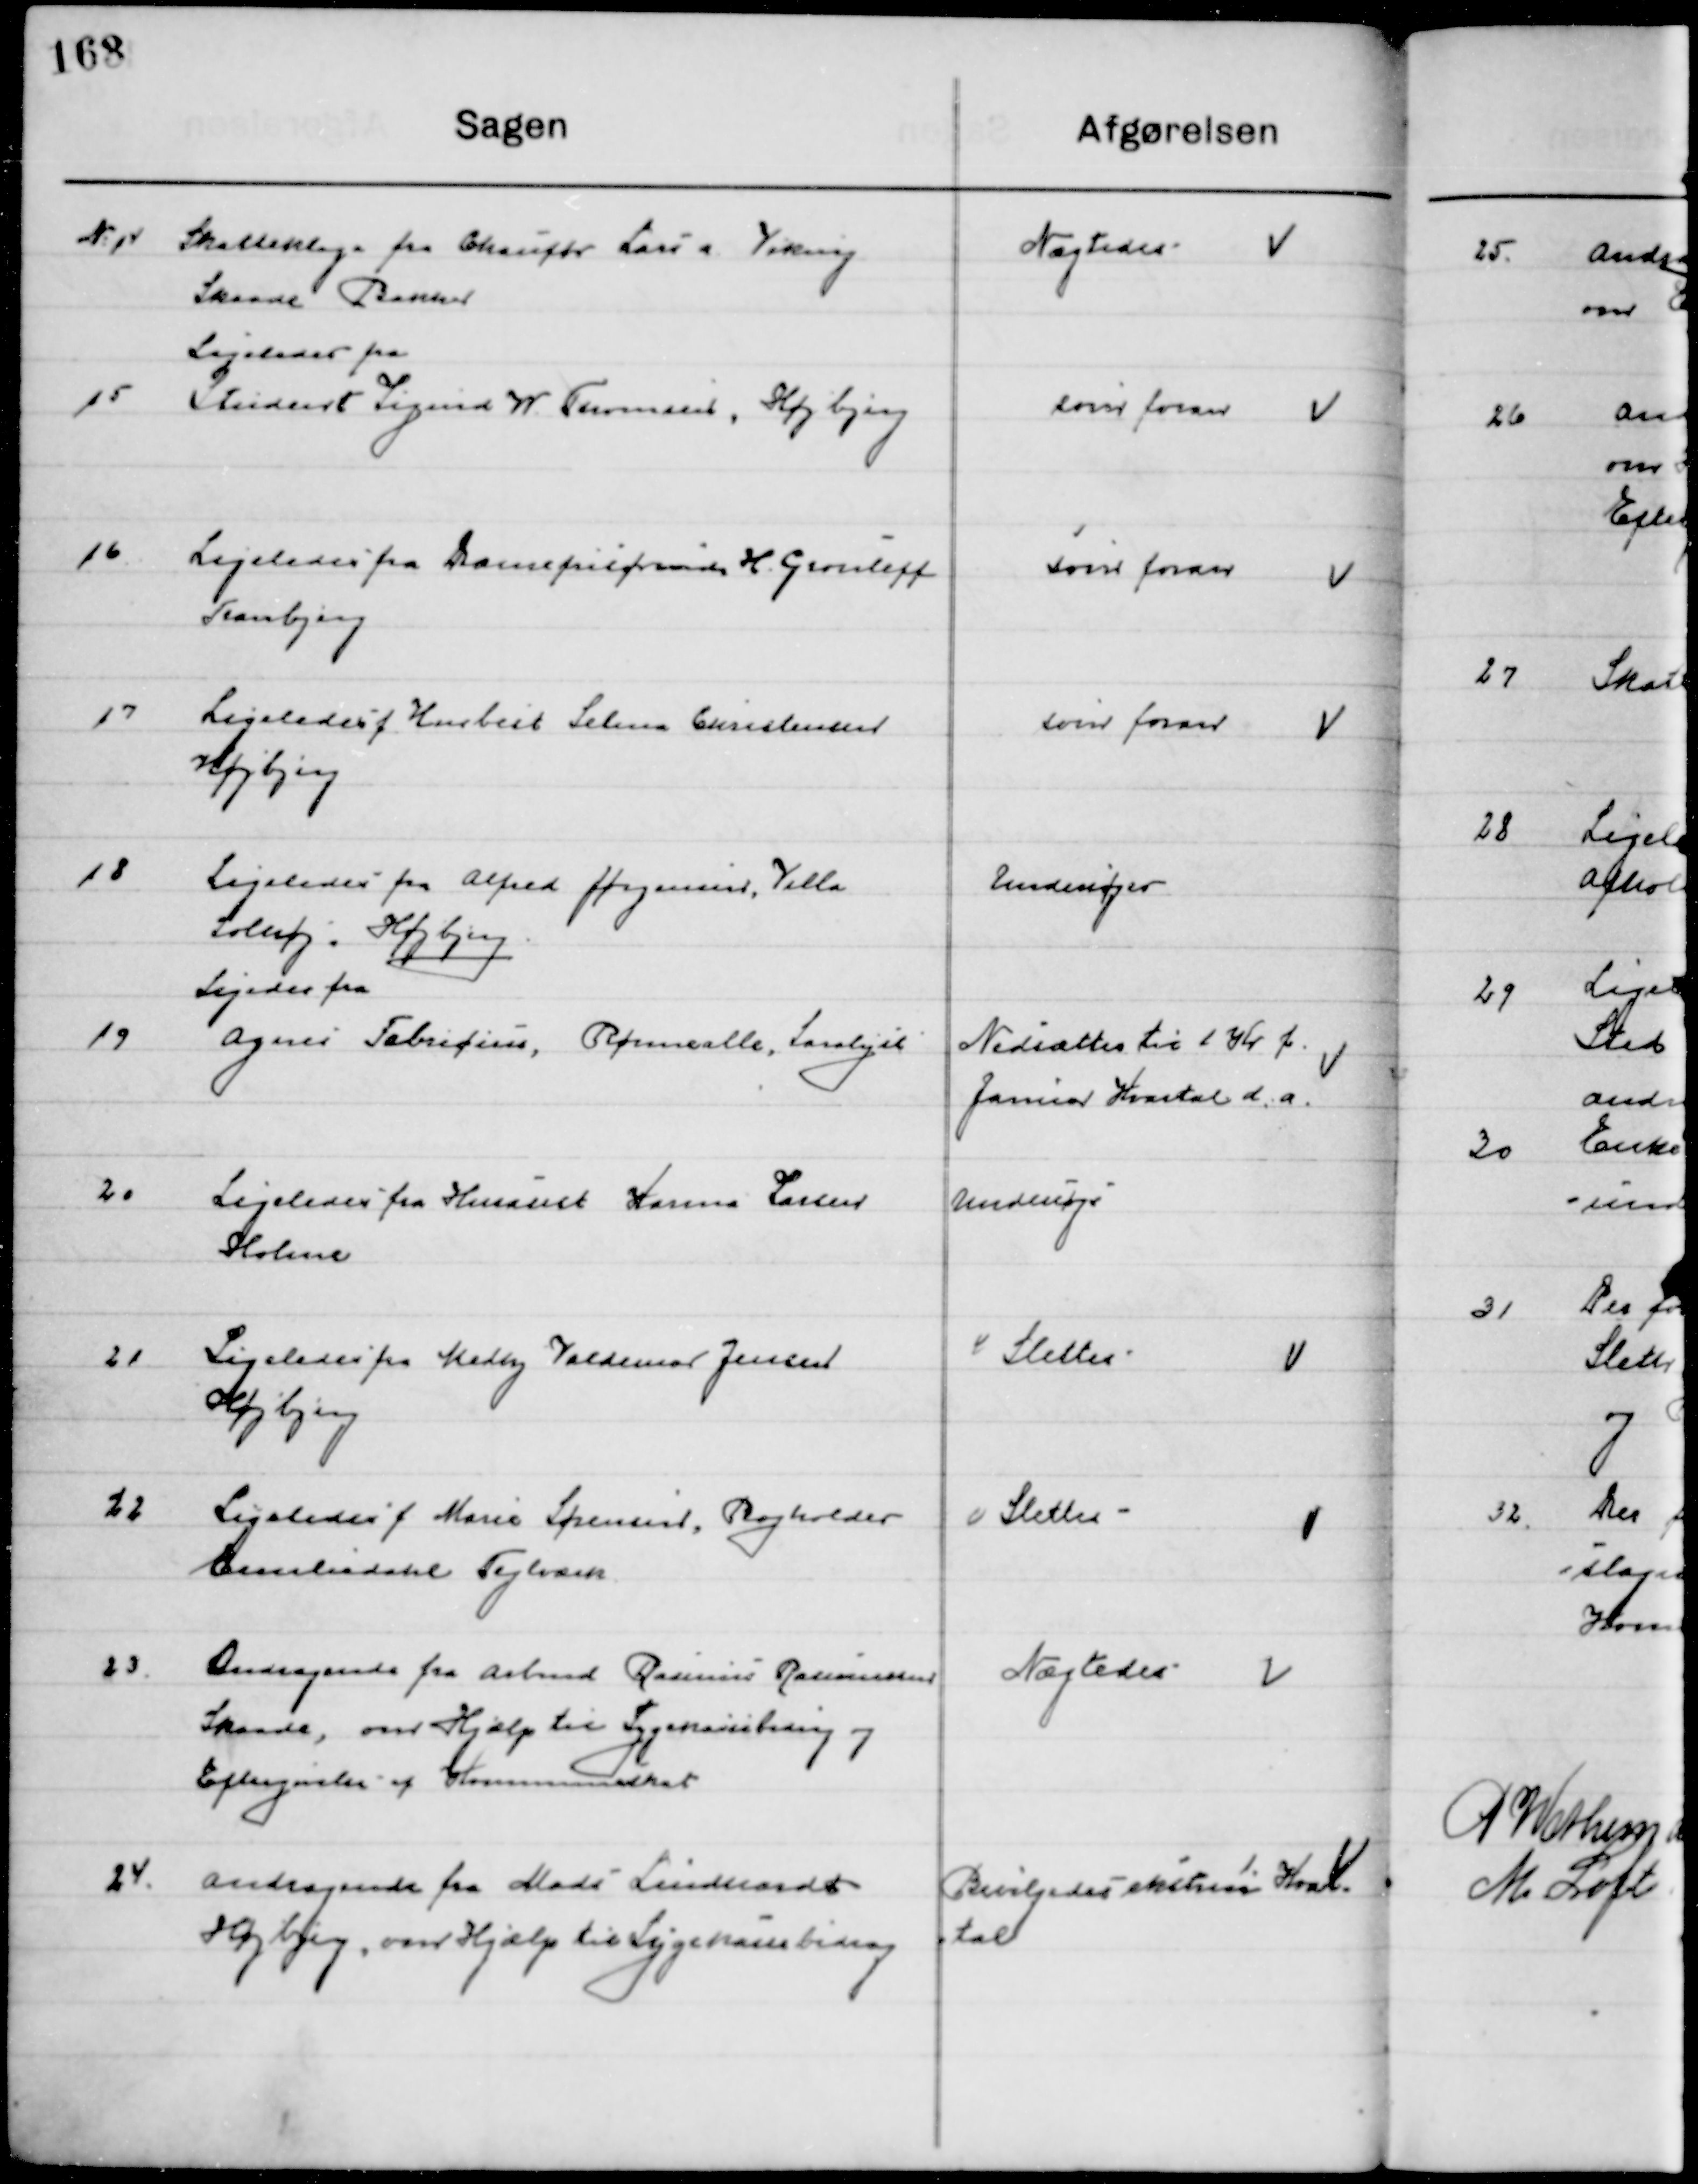
Transskription:
14

Skatteklage fra Chauffør Lars a. Viking
Skaade Bakker

Nægtes

15

Ligeledes fra
Asistent Sigurd W. Thomsen. Højbjerg

Som foran

16

Ligeledes fra Damefrisørinde H. Grouleff
Tranbjerg

Som foran

17

Ligeledes f. Husassist. Selma Christensen
Højbjerg

Som foran

18

Ligeledes fra Alfred Jørgensen, Villa
Solhøj, Højbjerg

Undersøges

19

Ligeledes fra
Agnes Fabricius Rømeralle, Saralyst

Nedsættes til 1 Kr. f. 
Januar Kvartal d. a.

20

Ligeledes fra Husassist. Karma Larsen
Holme

Undersøges

21

Ligeledes fra Ketty Valdemar Jensen
Højbjerg

Slettes

22

Ligeledes f. Marie Sørensen, bogholder
Emilendahl Teglværk.

Slettes

23

Andragende fra Arbmd. Rasmus Rasmussen
Skaade, om Hjælp til Sygekassebidrag og
Eftergivelse af Kommuneskat

Nægtes

24

Andragende fra Mads Lindhardt
Højbjerg, om Hjælp til Sygekassebidrag

Bevilgedes ekstraor
1.
Kvar-
tal